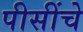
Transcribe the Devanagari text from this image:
पीसींचे